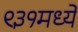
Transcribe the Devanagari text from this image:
९३१मध्ये